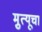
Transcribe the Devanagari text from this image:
मृुत्यूचा